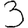
Digit: 3